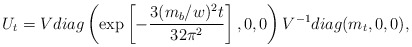
\begin{align*}U_t = V diag \left(\exp\left[-\frac{3(m_b/w)^2 t}{32 \pi^2} \right], 0, 0 \right) V^{-1} diag(m_t, 0, 0),\end{align*}